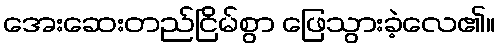
အေးဆေးတည်ငြိမ်စွာ ဖြေသွားခဲ့လေ၏။